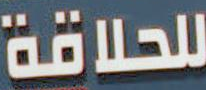
للحلاقة